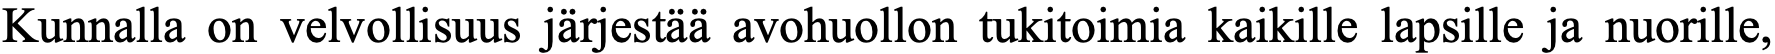
Kunnalla on velvollisuus järjestää avohuollon tukitoimia kaikille lapsille ja nuorille,